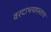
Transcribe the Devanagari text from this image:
वरदाभयहस्ताय